Lunatic asylums Central Provinces reports 1874-1885 - 1874-1885
Year: 1874
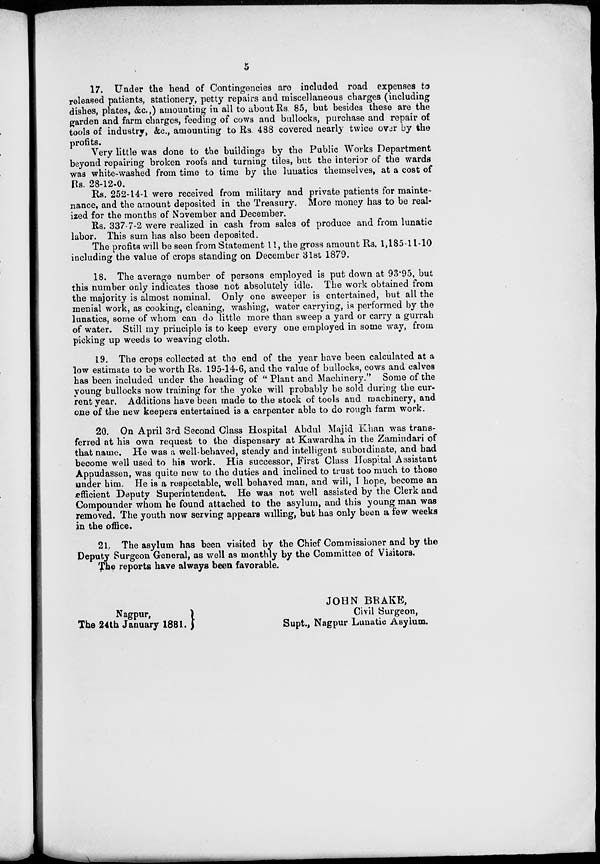
5
17. Under the head of Contingencies are included road expenses to
released patients, stationery, petty repairs and miscellaneous charges (including
dishes, plates, &c.,) amounting in all to about Rs. 85, but besides these are the
garden and farm charges, feeding of cows and bullocks, purchase and repair of
tools of industry, &c, amounting to Rs. 488 covered nearly twice over by the
profits.
Very little was done to the buildings by the Public Works Department
beyond repairing broken roofs and turning tiles, but the interior of the wards
was white-washed from time to time by the lunatics themselves, at a cost of
Rs. 28-12-0.
Rs. 252-14-1 were received from military and private patients for mainte-
nance, and the amount deposited in the Treasury. More money has to be real-
ized for the months of November and December.
Rs. 337-7-2 were realized in cash from sales of produce and from lunatic
labor. This sum has also been deposited.
The profits will be seen from Statement 11, the gross amount Rs. 1,185-11-10
including the value of crops standing on December 31st 1879.
18. The average number of persons employed is put down at 93.95, but
this number only indicates those not absolutely idle. The work obtained from
the majority is almost nominal. Only one sweeper is entertained, but all the
menial work, as cooking, cleaning, washing, water carrying, is performed by the
lunatics, some of whom can do little more than sweep a yard or carry a gurrah
of water. Still my principle is to keep every one employed in some way, from
picking up weeds to weaving cloth.
19. The crops collected at the end of the year have been calculated at a
low estimate to be worth Rs. 195-14-6, and the value of bullocks, cows and calves
has been included under the heading of " Plant and Machinery." Some of the
young bullocks now training for the yoke will probably be sold during the cur-
rent year. Additions have been made to the stock of tools and machinery, and
one of the new keepers entertained is a carpenter able to do rough farm work.
20. On April 3rd Second Class Hospital Abdul Majid Khan was trans-
ferred at his own request to the dispensary at Kawardha in the Zamindari of
that name. He was a well-behaved, steady and intelligent subordinate, and had
become well used to his work. His successor, First Class Hospital Assistant
Appudassen, was quite new to the duties and inclined to trust too much to those
under him. He is a respectable, well behaved man, and will, I hope, become an
efficient Deputy Superintendent. He was not well assisted by the Clerk and
Compounder whom he found attached to the asylum, and this young man was
removed. The youth now serving appears willing, but has only been a few weeks
in the office.
21. The asylum has been visited by the Chief Commissioner and by the
Deputy Surgeon General, as well as monthly by the Committee of Visitors.
The reports have always been favorable.
JOHN BRAKE,
Nagpur.
The 24th January 1881.
Civil Surgeon,
Supt., Nagpur Lunatic Asylum.